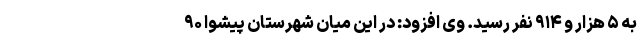
به ۵ هزار و ۹۱۴ نفر رسید. وی افزود: در این میان شهرستان پیشوا ۹۰